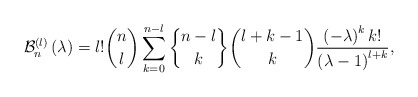
\begin{align*}\mathcal{B}_{n}^{\left( l\right) }\left( \lambda\right) =l!\binom{n}{l}\sum_{k=0}^{n-l}\genfrac{\{}{\}}{0pt}{}{n-l}{k}\binom{l+k-1}{k}\frac{\left( -\lambda\right) ^{k}k!}{\left( \lambda-1\right) ^{l+k}},\end{align*}